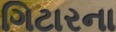
ગિટારના